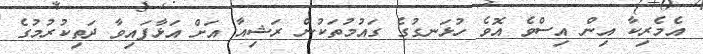
އެމެރިކާ އިން އިސްވެ އޮވެ ހުޅަނގުގެ ގައުމުތަކުން ރަޝިއާ އަށް އަޅާފައިވާ ދަތިކުރުމުގެ